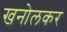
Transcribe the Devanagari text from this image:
खनोलकर